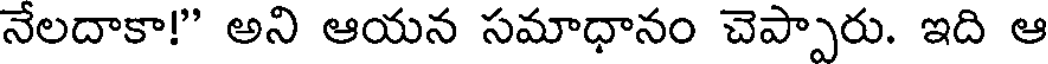
నేలదాకా!" అని ఆయన సమాధానం చెప్పారు. ఇది ఆ